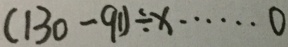
( 1 3 0 - 9 1 ) \div x \cdots 0